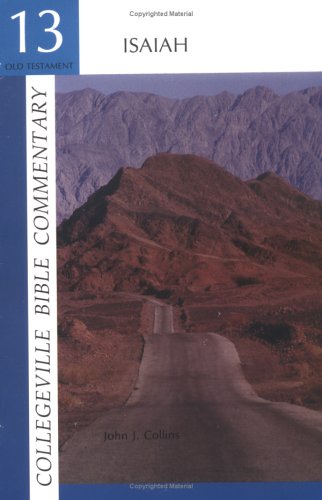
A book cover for Collegeville Bible Commentary Old Testament Volume 13: Isaiah; John J. Collins; Christian Books & Bibles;